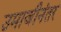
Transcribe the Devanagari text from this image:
उमाजीनंतर